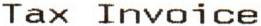
TAX INVOICE